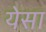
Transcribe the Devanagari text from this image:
येसा